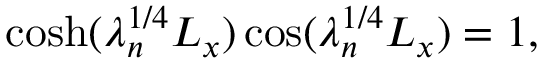
\cosh ( \lambda _ { n } ^ { 1 / 4 } L _ { x } ) \cos ( \lambda _ { n } ^ { 1 / 4 } L _ { x } ) = 1 ,